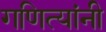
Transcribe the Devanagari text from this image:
गणित्यांनी